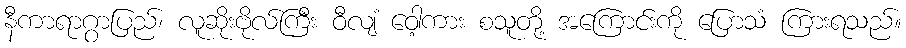
နီကာရာဂွာပြည်၊ လူဆိုးဗိုလ်ကြီး ဝီလျံ ဝေါ့ကား စသူတို့ အကြောင်းကို ပြောသံ ကြားရသည်။